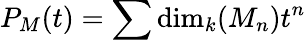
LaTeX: P_{M}(t)=\sum\dim_{k}(M_{n})t^{n}